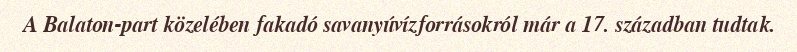
A Balaton-part közelében fakadó savanyúvízforrásokról már a 17. században tudtak.